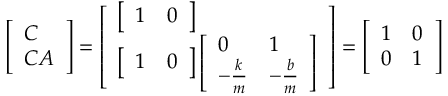
\left[ { \begin{array} { l } { C } \\ { C A } \end{array} } \right] = \left[ { \begin{array} { l } { \left[ { \begin{array} { l l } { 1 } & { 0 } \end{array} } \right] } \\ { \left[ { \begin{array} { l l } { 1 } & { 0 } \end{array} } \right] \left[ { \begin{array} { l l } { 0 } & { 1 } \\ { - { \frac { k } { m } } } & { - { \frac { b } { m } } } \end{array} } \right] } \end{array} } \right] = \left[ { \begin{array} { l l } { 1 } & { 0 } \\ { 0 } & { 1 } \end{array} } \right]